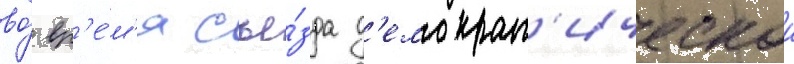
во́ вр'е́м'я съе́зда д'емократ'ическои